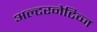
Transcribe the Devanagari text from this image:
अल्टरनेटिव्ज